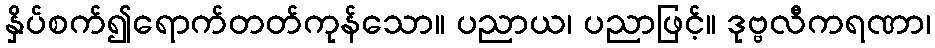
နှိပ်စက်၍ရောက်တတ်ကုန်သော။ ပညာယ၊ ပညာဖြင့်။ ဒုဗ္ဗလီကရဏာ၊